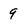
Character: 9